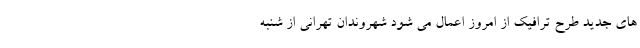
های جدید طرح ترافیک از امروز اعمال می شود شهروندان تهرانی از شنبه